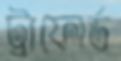
ট্রাফোর্ড